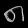
Digit: ၈